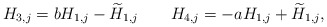
\begin{align*} H_{3,j} = b H_{1,j} - \widetilde H_{1,j} \qquad H_{4,j} = -a H_{1,j} + \widetilde H_{1,j}, \end{align*}